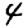
Digit: 4